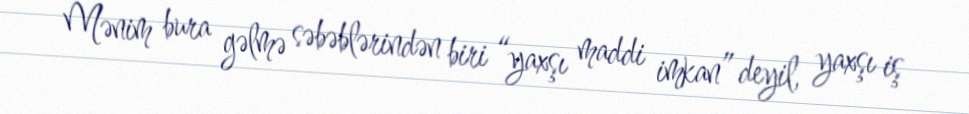
Mənim bura gəlmə səbəblərindən biri “yaxşı maddi imkan” deyil, yaxşı iş